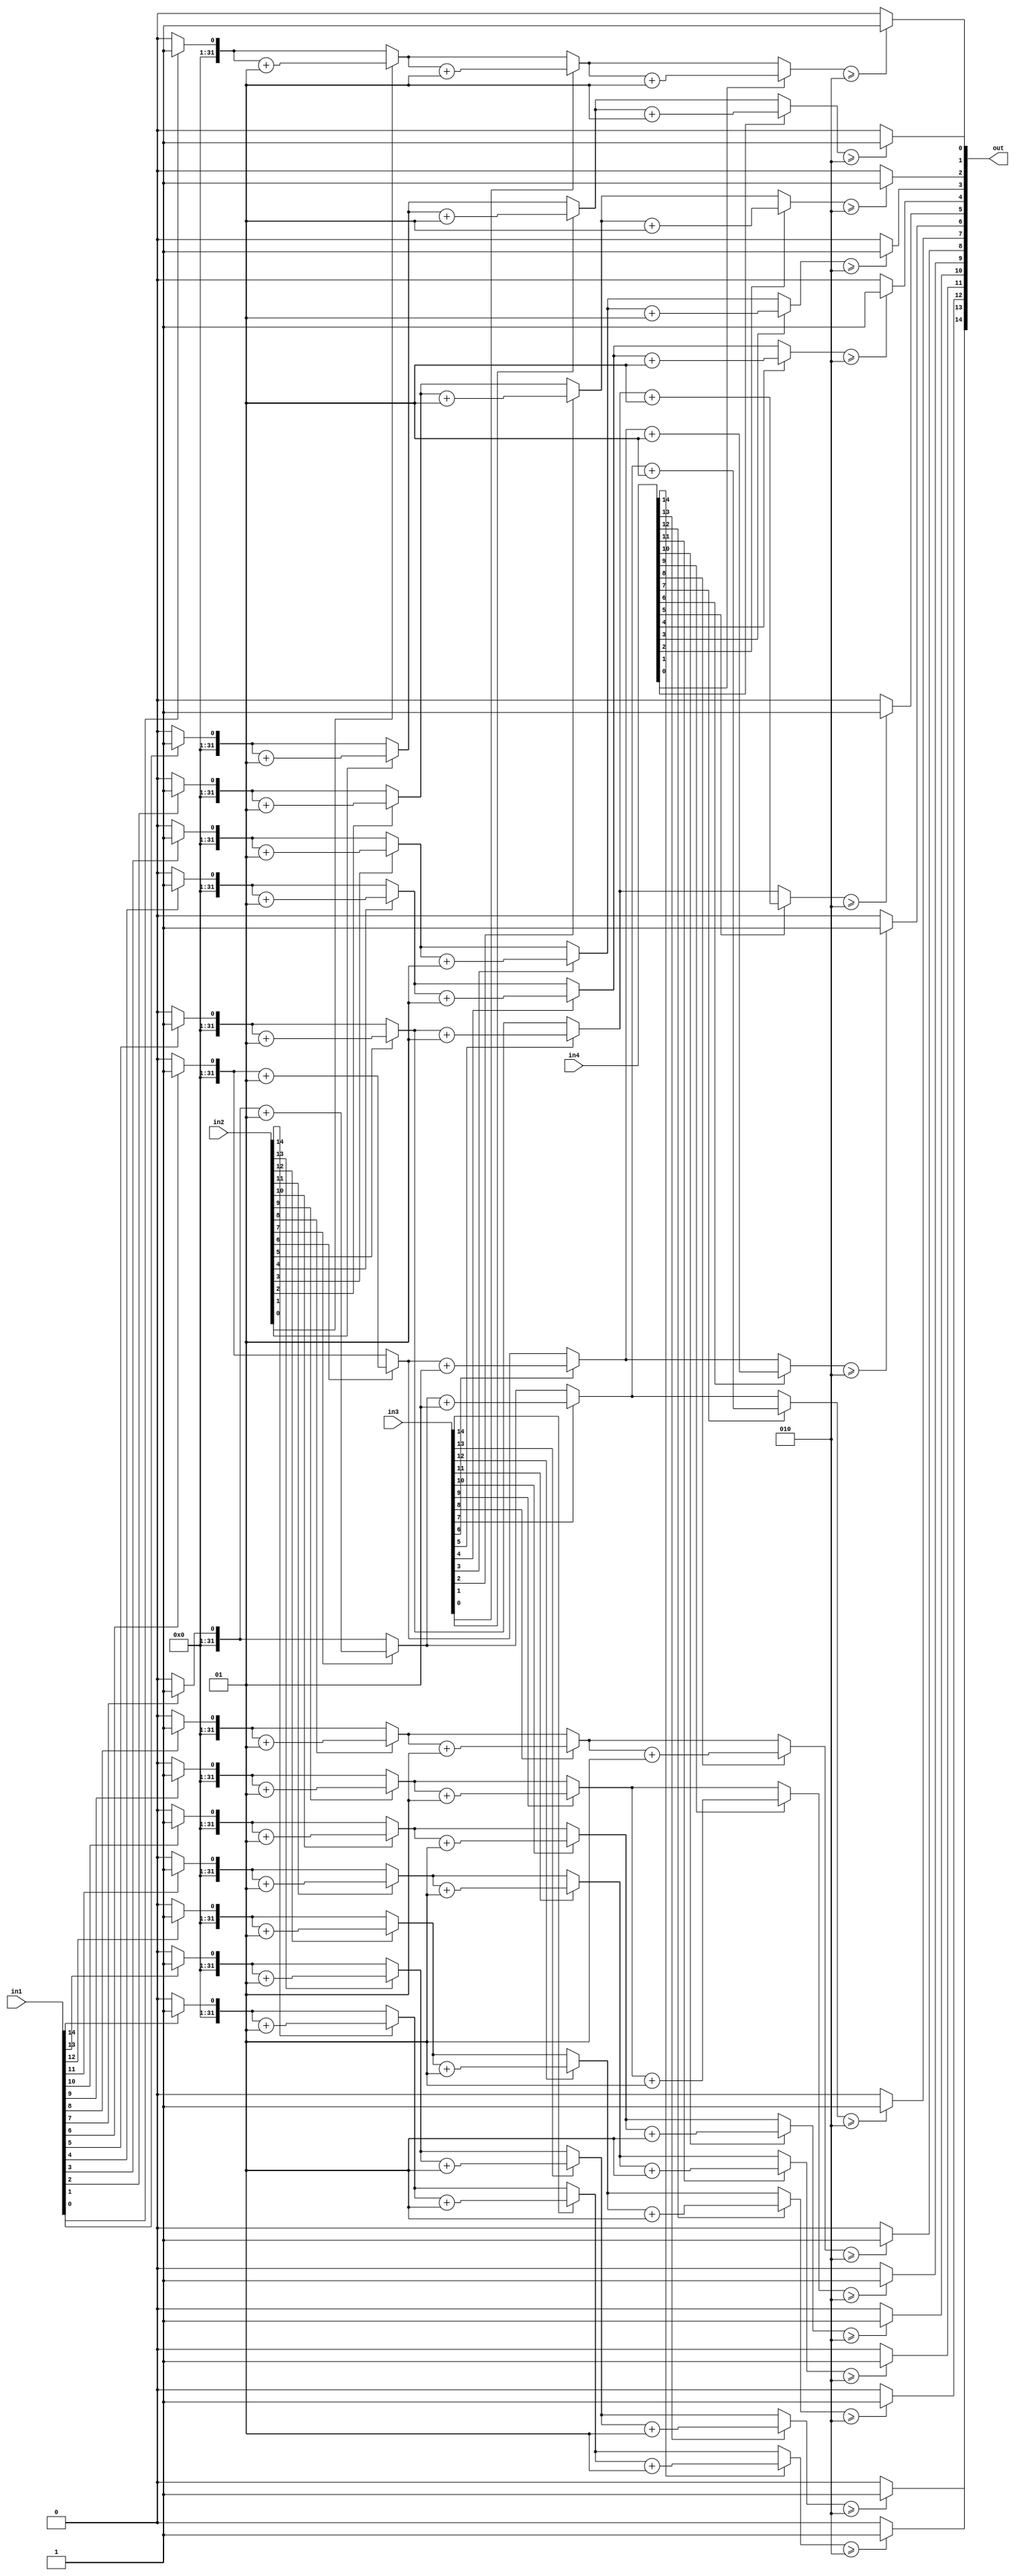
`timescale 1ns/1ns

module majority(
    in1,
    in2,
    in3,
    in4,
    out
    );

input [14:0] in1;
input [14:0] in2;
input [14:0] in3;
input [14:0] in4;
output reg [14:0] out;

integer i, oneCount;

always @(in1,in2,in3,in4) begin
    for(i = 0; i < 15; i = i + 1) begin
        oneCount = 0;
        if(in1[i] == 1) oneCount = oneCount + 1;
        if(in2[i] == 1) oneCount = oneCount + 1;
        if(in3[i] == 1) oneCount = oneCount + 1;
        if(in4[i] == 1) oneCount = oneCount + 1;
        if(oneCount >= 2) out[i] = 1;
        else out[i] = 0;
    end
end

endmodule